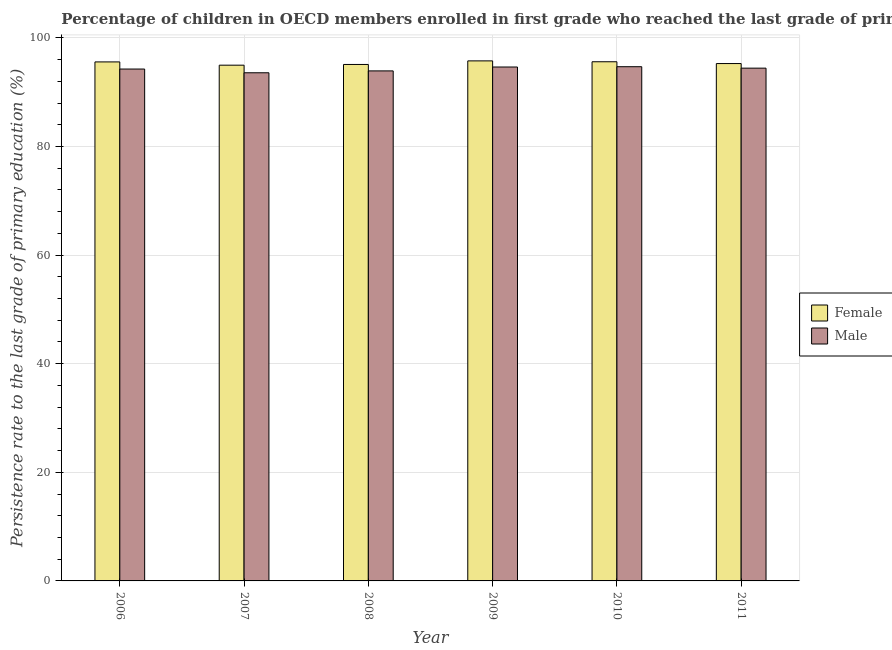
| Year | Female | Male |
 | --- | --- | --- |
 | 2006 | 95.6 | 94.3 |
 | 2007 | 95 | 93.6 |
 | 2008 | 95.1 | 93.9 |
 | 2009 | 95.8 | 94.6 |
 | 2010 | 95.6 | 94.7 |
 | 2011 | 95.3 | 94.4 |